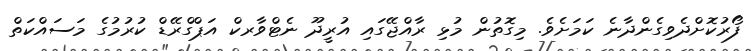
ފޯރުކޮށްދެވިގެންދާނެ ކަމަށެވެ. މިގޮތުން މުޅި ރާއްޖޭގައި އުރީދޫ ނެޓްވާރކް އަޕްގްރޭޑް ކުރުމުގެ މަސައްކަތް